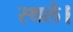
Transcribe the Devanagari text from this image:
स्थले।